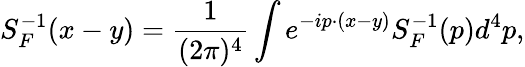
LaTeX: S_{F}^{-1}(x-y)={\frac{1}{(2\pi)^{4}}}\int e^{-ip\cdot(x-y)}S_{F}^{-1}(p)d^{4}p,